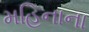
મહિનાના